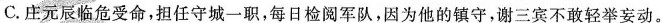
C.庄元辰临危受命，担任守城一职，每日检阅军队，因为他的镇守，谢三宾不敢轻举妄动。